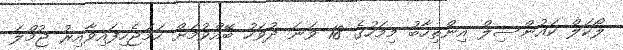
ލޯކަލް ކައުންސިލް އިންތިހާބު މިމަހުގެ 18 ވަނަ ދުވަހު ބޭއްވުމަށް ހަމަޖެހިފައިވާއިރު ޖުމްލަ